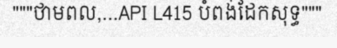
"""ថាមពល,...API L415 បំពង់ដែកសុទ្ធ"""